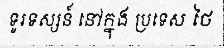
ទូរទស្សន៍ នៅក្នុង ប្រទេស ថៃ